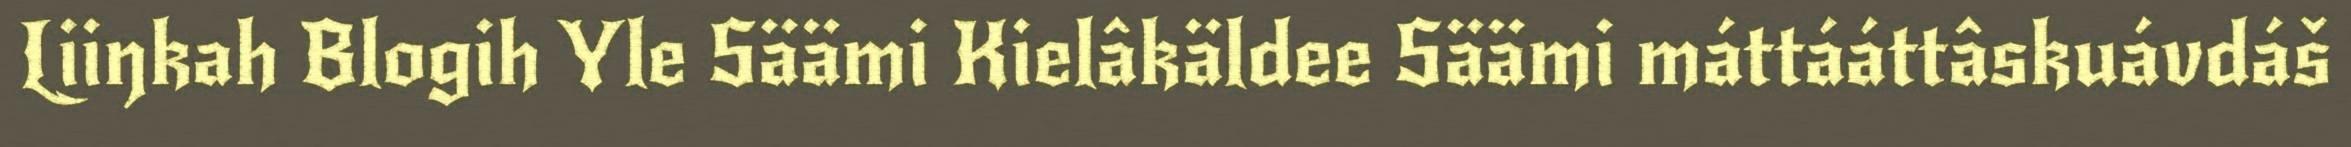
Liiŋkah Blogih Yle Säämi Kielâkäldee Säämi máttááttâskuávdáš